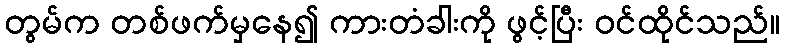
တွမ်က တစ်ဖက်မှနေ၍ ကားတံခါးကို ဖွင့်ပြီး ဝင်ထိုင်သည်။